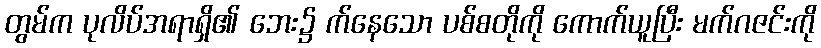
တွမ်က ပုလိပ်အရာရှိ၏ ဘေး၌ က်နေသော ပစ်စတိုကို ကောက်ယူပြီး မက်ဂဇင်းကို